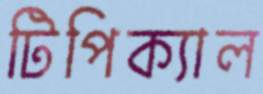
টিপিক্যাল